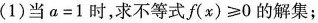
(1)当$$a=1$$时，求不等式$$f(x)\geq 0$$的解集；